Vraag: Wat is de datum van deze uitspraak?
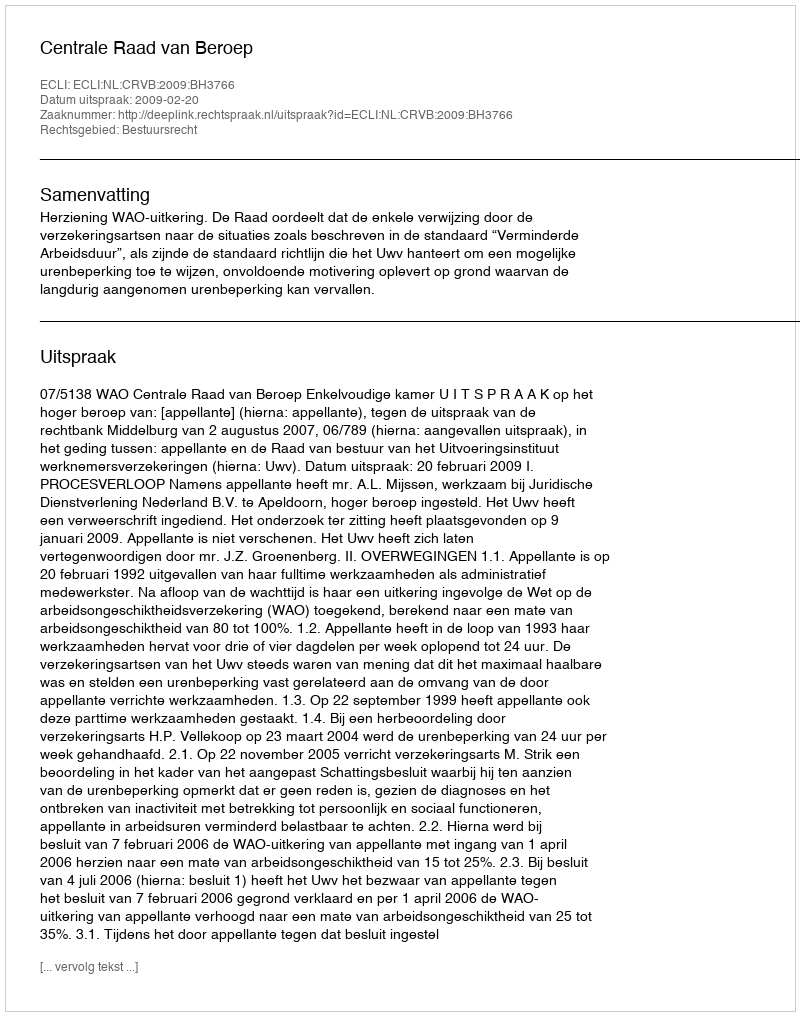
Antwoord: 2009-02-20